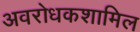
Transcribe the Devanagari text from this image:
अवरोधकशामिल